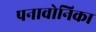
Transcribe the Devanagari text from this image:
पनावोनिका